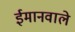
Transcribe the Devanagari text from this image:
ईमानवाले